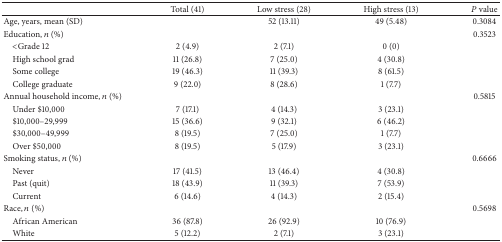
<table><thead><tr><td><b> </b></td><td><b>Total (41)</b></td><td><b>Low stress (28)</b></td><td><b>High stress (13)</b></td><td><b><i>P</i> value</b></td></tr></thead><tbody><tr><td>Age, years, mean (SD)</td><td> </td><td>52 (13.11)</td><td>49 (5.48)</td><td>0.3084</td></tr><tr><td>Education, <i>n</i> (%)</td><td> </td><td> </td><td> </td><td>0.3523</td></tr><tr><td> &lt;Grade 12</td><td>2 (4.9)</td><td>2 (7.1)</td><td>0 (0)</td><td> </td></tr><tr><td> High school grad</td><td>11 (26.8)</td><td>7 (25.0)</td><td>4 (30.8)</td><td> </td></tr><tr><td> Some college</td><td>19 (46.3)</td><td>11 (39.3)</td><td>8 (61.5)</td><td> </td></tr><tr><td> College graduate</td><td>9 (22.0)</td><td>8 (28.6)</td><td>1 (7.7)</td><td> </td></tr><tr><td>Annual household income, <i>n</i> (%)</td><td> </td><td> </td><td> </td><td>0.5815</td></tr><tr><td> Under $10,000</td><td>7 (17.1)</td><td>4 (14.3)</td><td>3 (23.1)</td><td> </td></tr><tr><td> $10,000–29,999</td><td>15 (36.6)</td><td>9 (32.1)</td><td>6 (46.2)</td><td> </td></tr><tr><td> $30,000–49,999</td><td>8 (19.5)</td><td>7 (25.0)</td><td>1 (7.7)</td><td> </td></tr><tr><td> Over $50,000 </td><td>8 (19.5)</td><td>5 (17.9)</td><td>3 (23.1)</td><td> </td></tr><tr><td>Smoking status, <i>n</i> (%)</td><td> </td><td> </td><td> </td><td>0.6666</td></tr><tr><td> Never</td><td>17 (41.5)</td><td>13 (46.4)</td><td>4 (30.8)</td><td> </td></tr><tr><td> Past (quit)</td><td>18 (43.9)</td><td>11 (39.3)</td><td>7 (53.9)</td><td> </td></tr><tr><td> Current</td><td>6 (14.6)</td><td>4 (14.3)</td><td>2 (15.4)</td><td> </td></tr><tr><td>Race, <i>n</i> (%)</td><td> </td><td> </td><td> </td><td>0.5698</td></tr><tr><td> African American</td><td>36 (87.8)</td><td>26 (92.9)</td><td>10 (76.9)</td><td> </td></tr><tr><td> White</td><td>5 (12.2)</td><td>2 (7.1)</td><td>3 (23.1)</td><td> </td></tr></tbody></table>